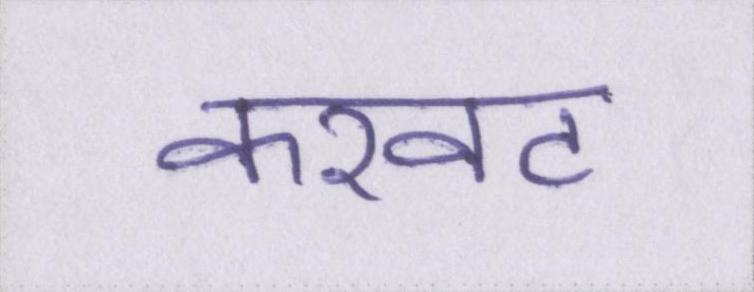
करवट